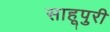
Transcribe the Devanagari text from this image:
साहूपुरी